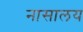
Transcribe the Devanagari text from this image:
नासालय